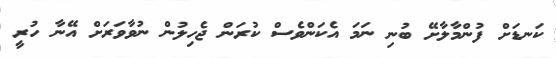
ކަނޑަށް ފުންމާލާށޭ ބުނި ނަމަ އެކަންވެސް ކުރަން ޖެހިލުން ނުވާވަރަށް އޭނާ ހުރީ